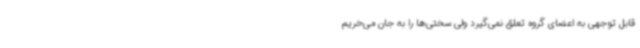
قابل توجهی به اعضای گروه تعلق نمی‌گیرد ولی سختی‌ها را به جان می‌خریم